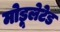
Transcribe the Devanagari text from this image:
मोडूलेटेड